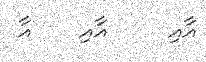
އާއި     އާއި    އާ